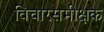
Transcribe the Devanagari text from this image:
विचारसमीक्षक